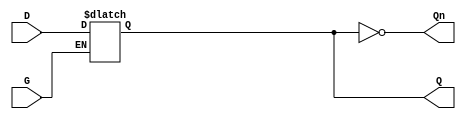
module GatedDLatch (
    input wire D,    // Data input
    input wire G,    // Gating control signal
    output reg Q,    // Output
    output wire Qn   // Complementary output (optional)
);

// Complementary output
assign Qn = ~Q;

// Always block to define the behavior of the Gated D Latch
always @(*) begin
    if (G) begin
        Q = D; // When G is high, Q follows D
    end
    // When G is low, Q retains its previous value due to the nature of a latch
end

endmodule